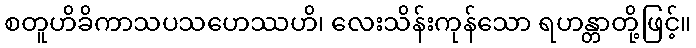
စတူဟိခိကာသပသဟေဿဟိ၊ လေးသိန်းကုန်သော ရဟန္တာတို့ဖြင့်။